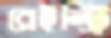
রেইন্ট্রি